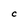
Character: C